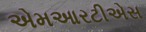
એમઆરટીએસ